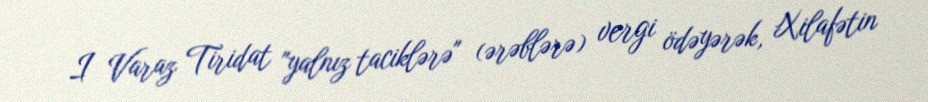
I Varaz Tiridat "yalnız taciklərə" (ərəblərə) vergi ödəyərək, Xilafətin